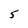
Character: 5